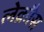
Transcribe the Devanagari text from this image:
लेक्रौस